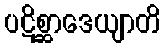
ပဋိစ္ဆာဒေယျာတိ